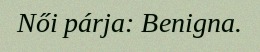
Női párja: Benigna.